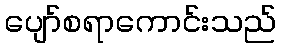
ပျော်စရာကောင်းသည်